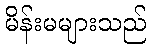
မိန်းမများသည်